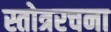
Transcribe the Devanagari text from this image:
स्तोत्ररचना